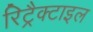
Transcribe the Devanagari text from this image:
रिट्रैक्टाइल